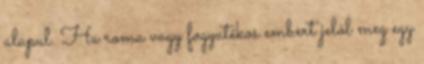
alapul. Ha roma vagy fogyatékos embert jelöl meg egy